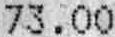
73.00